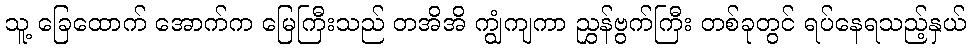
သူ့ ခြေထောက် အောက်က မြေကြီးသည် တအိအိ ကျွံကျကာ ညွှန်ဗွက်ကြီး တစ်ခုတွင် ရပ်နေရသည့်နှယ်